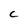
Character: C